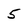
Character: 5